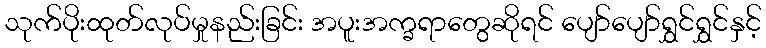
သုက်ပိုးထုတ်လုပ်မှုနည်းခြင်း အပူးအက္ခရာတွေဆိုရင် ပျော်ပျော်ရွှင်ရွှင်နှင့်